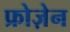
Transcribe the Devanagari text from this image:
फ्रोज़ेन